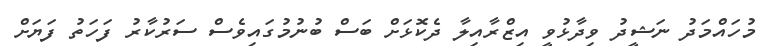
މުހައްމަދު ނަޝީދު ވިދާޅުވީ އިޒްރާއިލާ ދެކޮޅަށް ބަސް ބުނުމުގައިވެސް ސަރުކާރު ފަހަތު ފަޔަށް